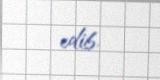
edib.